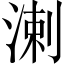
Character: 溂